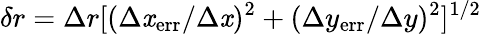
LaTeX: \delta{r}=\Delta{r}[(\Delta{\mathit{x}}_{\mathrm{{err}}}/\Delta{\mathit{x}})^{2}+(\Delta{y}_{\mathrm{{err}}}/\Delta{y})^{2}]^{1/2}